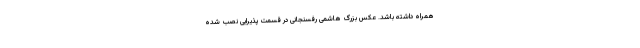
همراه داشته باشد. عکس بزرگ هاشمی رفسنجانی در قسمت پذیرایی نصب شده